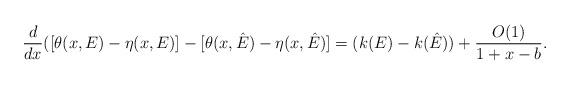
LaTeX: \begin{align*}\dfrac{d}{d x}([\theta(x,{E})-\eta(x,E)]-[\theta(x,{\hat E})-\eta(x,\hat{E})]=(k(E)-k(\hat {E}))+\frac{O(1)}{1+x-b}.\end{align*}